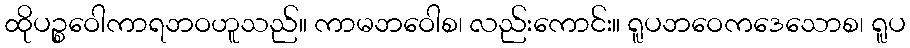
ထိုပဉ္စဝေါကာရဘဝဟူသည်။ ကာမဘဝေါစ၊ လည်းကောင်း။ ရူပဘဝေကဒေသောစ၊ ရူပ